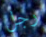
رجل